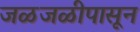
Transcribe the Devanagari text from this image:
जळजळीपासून